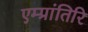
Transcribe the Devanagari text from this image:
एम्प्रांतिरि